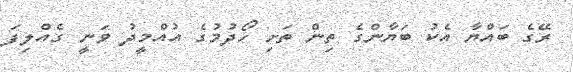
ރޭގެ ބައްޔާ އެކު ބަޔާންގެ ތިން ތަށި ހޯދުމުގެ އުއްމީދު ވަނީ ގެއްލިފަ